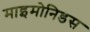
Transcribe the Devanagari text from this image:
माइमोनिडस